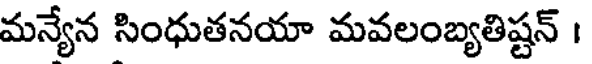
మన్యేన సింధుతనయా మవలంబ్యతిష్టన్ ।